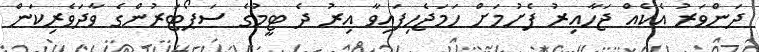
ދަންވަރު އެކެއް ޖަހާއިރު ފެށުމަށް ހަމަޖެހިފައިވާ އިރު ދެ ޓީމުގެ ސަޕޯޓަރުންގެ ވާދަވެރިކަން